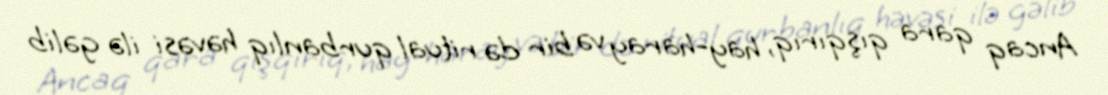
Ancaq qara qışqırıq, hay-haray və bir də ritual qurbanlıq həvəsi ilə gəlib